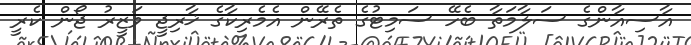
އާސިއާންގެ ސަލާމަތާ ބެހޭ ސަމިޓުގެ ތެރޭން އެެމެރިކާގެ ޚާރިޖީ ވަޒީރު ޖޯން ކެރީ